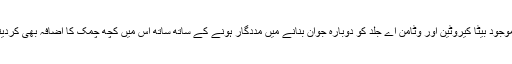
آم میں موجود بیٹا کیروٹین اور وٹامن اے جلد کو دوبارہ جوان بنانے میں مددگار ہونے کے ساتھ ساتھ اس میں کچھ چمک کا اضافہ بھی کردیتے ہیں۔